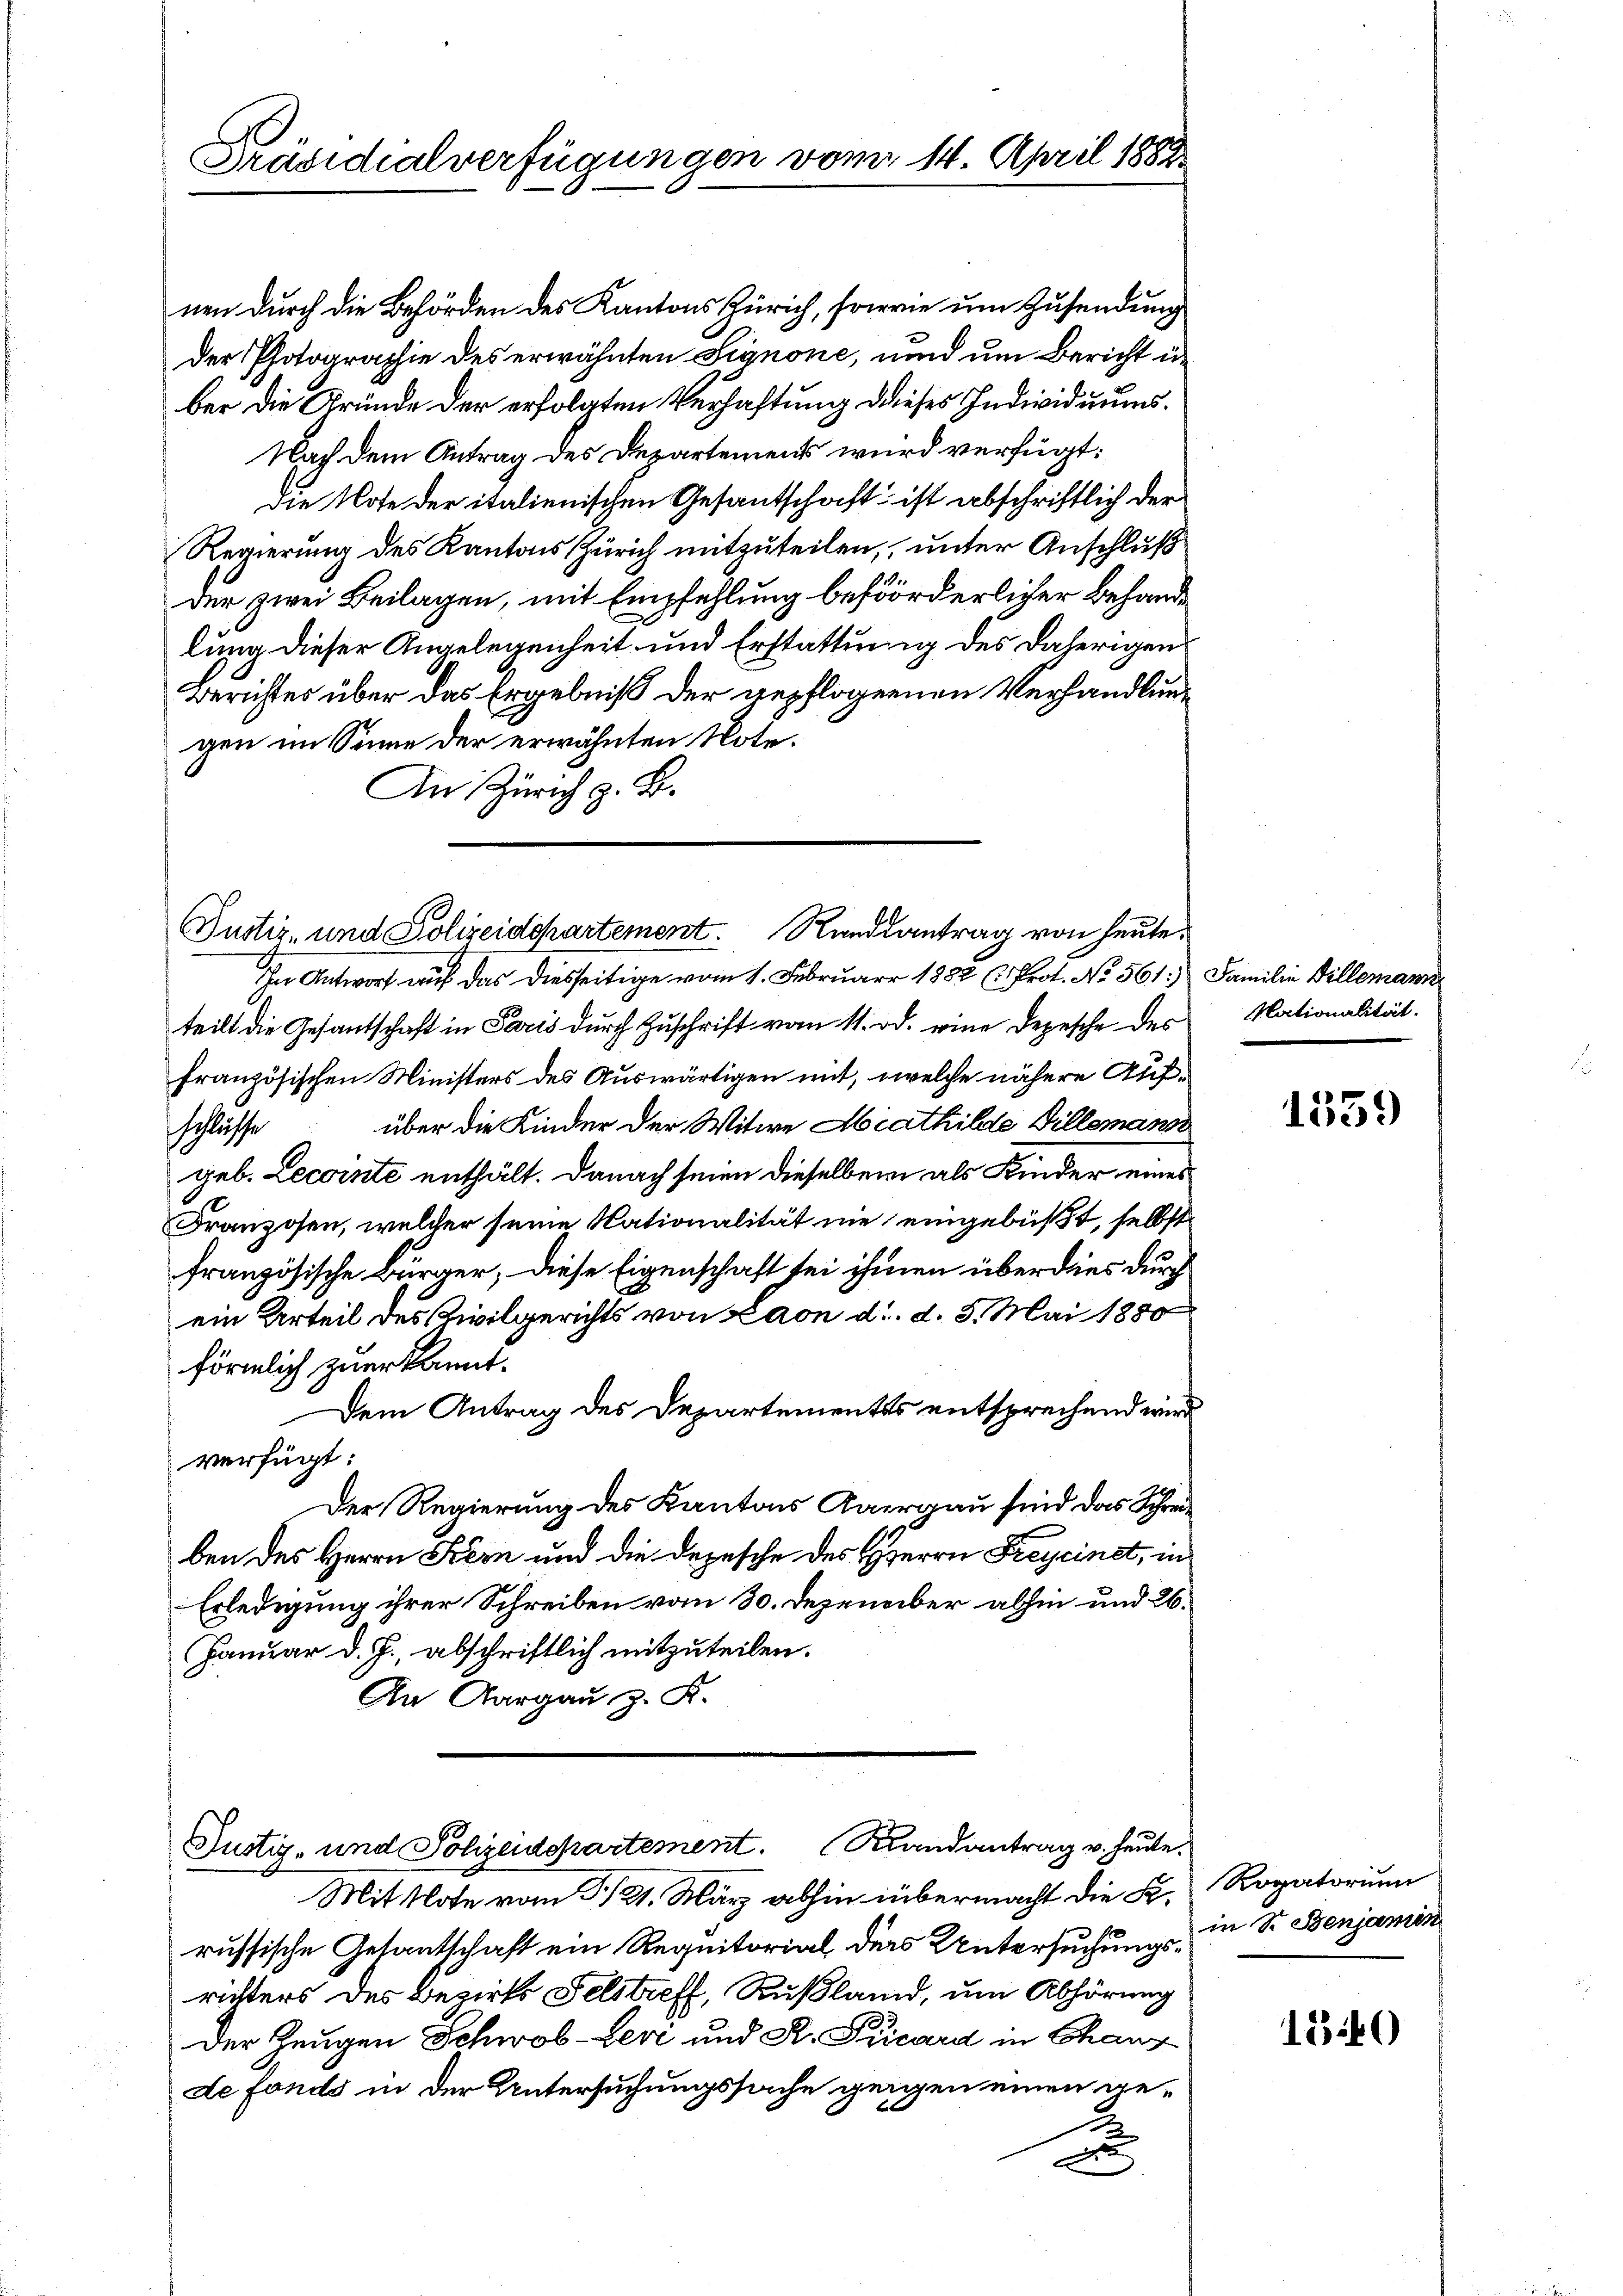
Präsidialverfügungen vom 14. April 1882.

nen durch die Behörden des Kantons Zürich, sowie um Zusendung
der Photographie des erwähnten Signone, und um Bericht in
ber die Gründe der erfolgten Verhaftung dieses Individuums¬
Nach dem Antrag des Departemens wird verfügt:
Die Note der italienischen Gesantschaft ist abschriftlich der
Regierung des Kantons Zürich mitzuteilen, unter Anschluß
der zwei Beilagen, mit Empfehlung beförderlicher Behandlung dieser Angelegenheit und Erstattung des daherigen
Berichtes über das Ergebniß der gepflogenen Verhandlungen im Sinne der erwähnten Note.
An Zürich z. B.

Justiz- und Polizeidepartement. Randsantrag von heute.

In Antwort auf das diesseitige vom 1. Februar 1882 (Prot. No 561.) Familie Dillemann
teilt die Gesantschaft in Paris durch Zuschrift vom 11. od. eine Depesche des
französischen Ministers des Auswärtigen mit, welche nähere Aufschlüsse über die Kinder der Witwe Hiathilde Villemans
geb. Lecointe enthält. Danach seien dieselben als Kinder eines
Franzosen, welcher seine Nationalität nie eingebüßt, selbst
französische Bürger, diese Eigenschaft sei ihmen überdies durch
ein Urteil des Civilgerichts von Laon d. d. 5. Mai 1880
förmlich zuerkannt.
Dem Antrag des Departementes entsprechend wird
verfügt:
Der Regierung des Kantons Aargau sind das Schreiben des Herrn Stern und die Depesche des Herrn Freycinet, in
Erledigung ihrer Schreiben vom 30. Dezember abhin und 26.
Januar d. J., abschriftlich mitzuteilen.
An Aargau z. K.

Justiz- und Polizeidepartement. Randantrag v. heute.

Mit Note vom 21. März abhin übermacht die K. Rogatorium
russische Gesantschaft ein Requitorial des Untersuchung in Sr. Benjamis
richters des Bezirks Felstreff, Rußland, um Abhörung
Der Zeugen Schwob-Ler und R. Pücard in Chauf
de Fonds in der Untersuchungssache geigen einen ge¬
2
x

Nationalität.

1339

1540